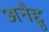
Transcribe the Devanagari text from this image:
अनैद्दु